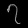
Digit: ၇